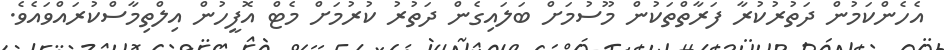
އެހެންކަމުން ދަތުރުކުރާ ފަރާތްތަކުން މޫސުމަށް ބަލައިގެން ދަތުރު ކުރުމަށް މެޓް އޮފީހުން އިލްތިމާސްކުރައްވައެވެ.